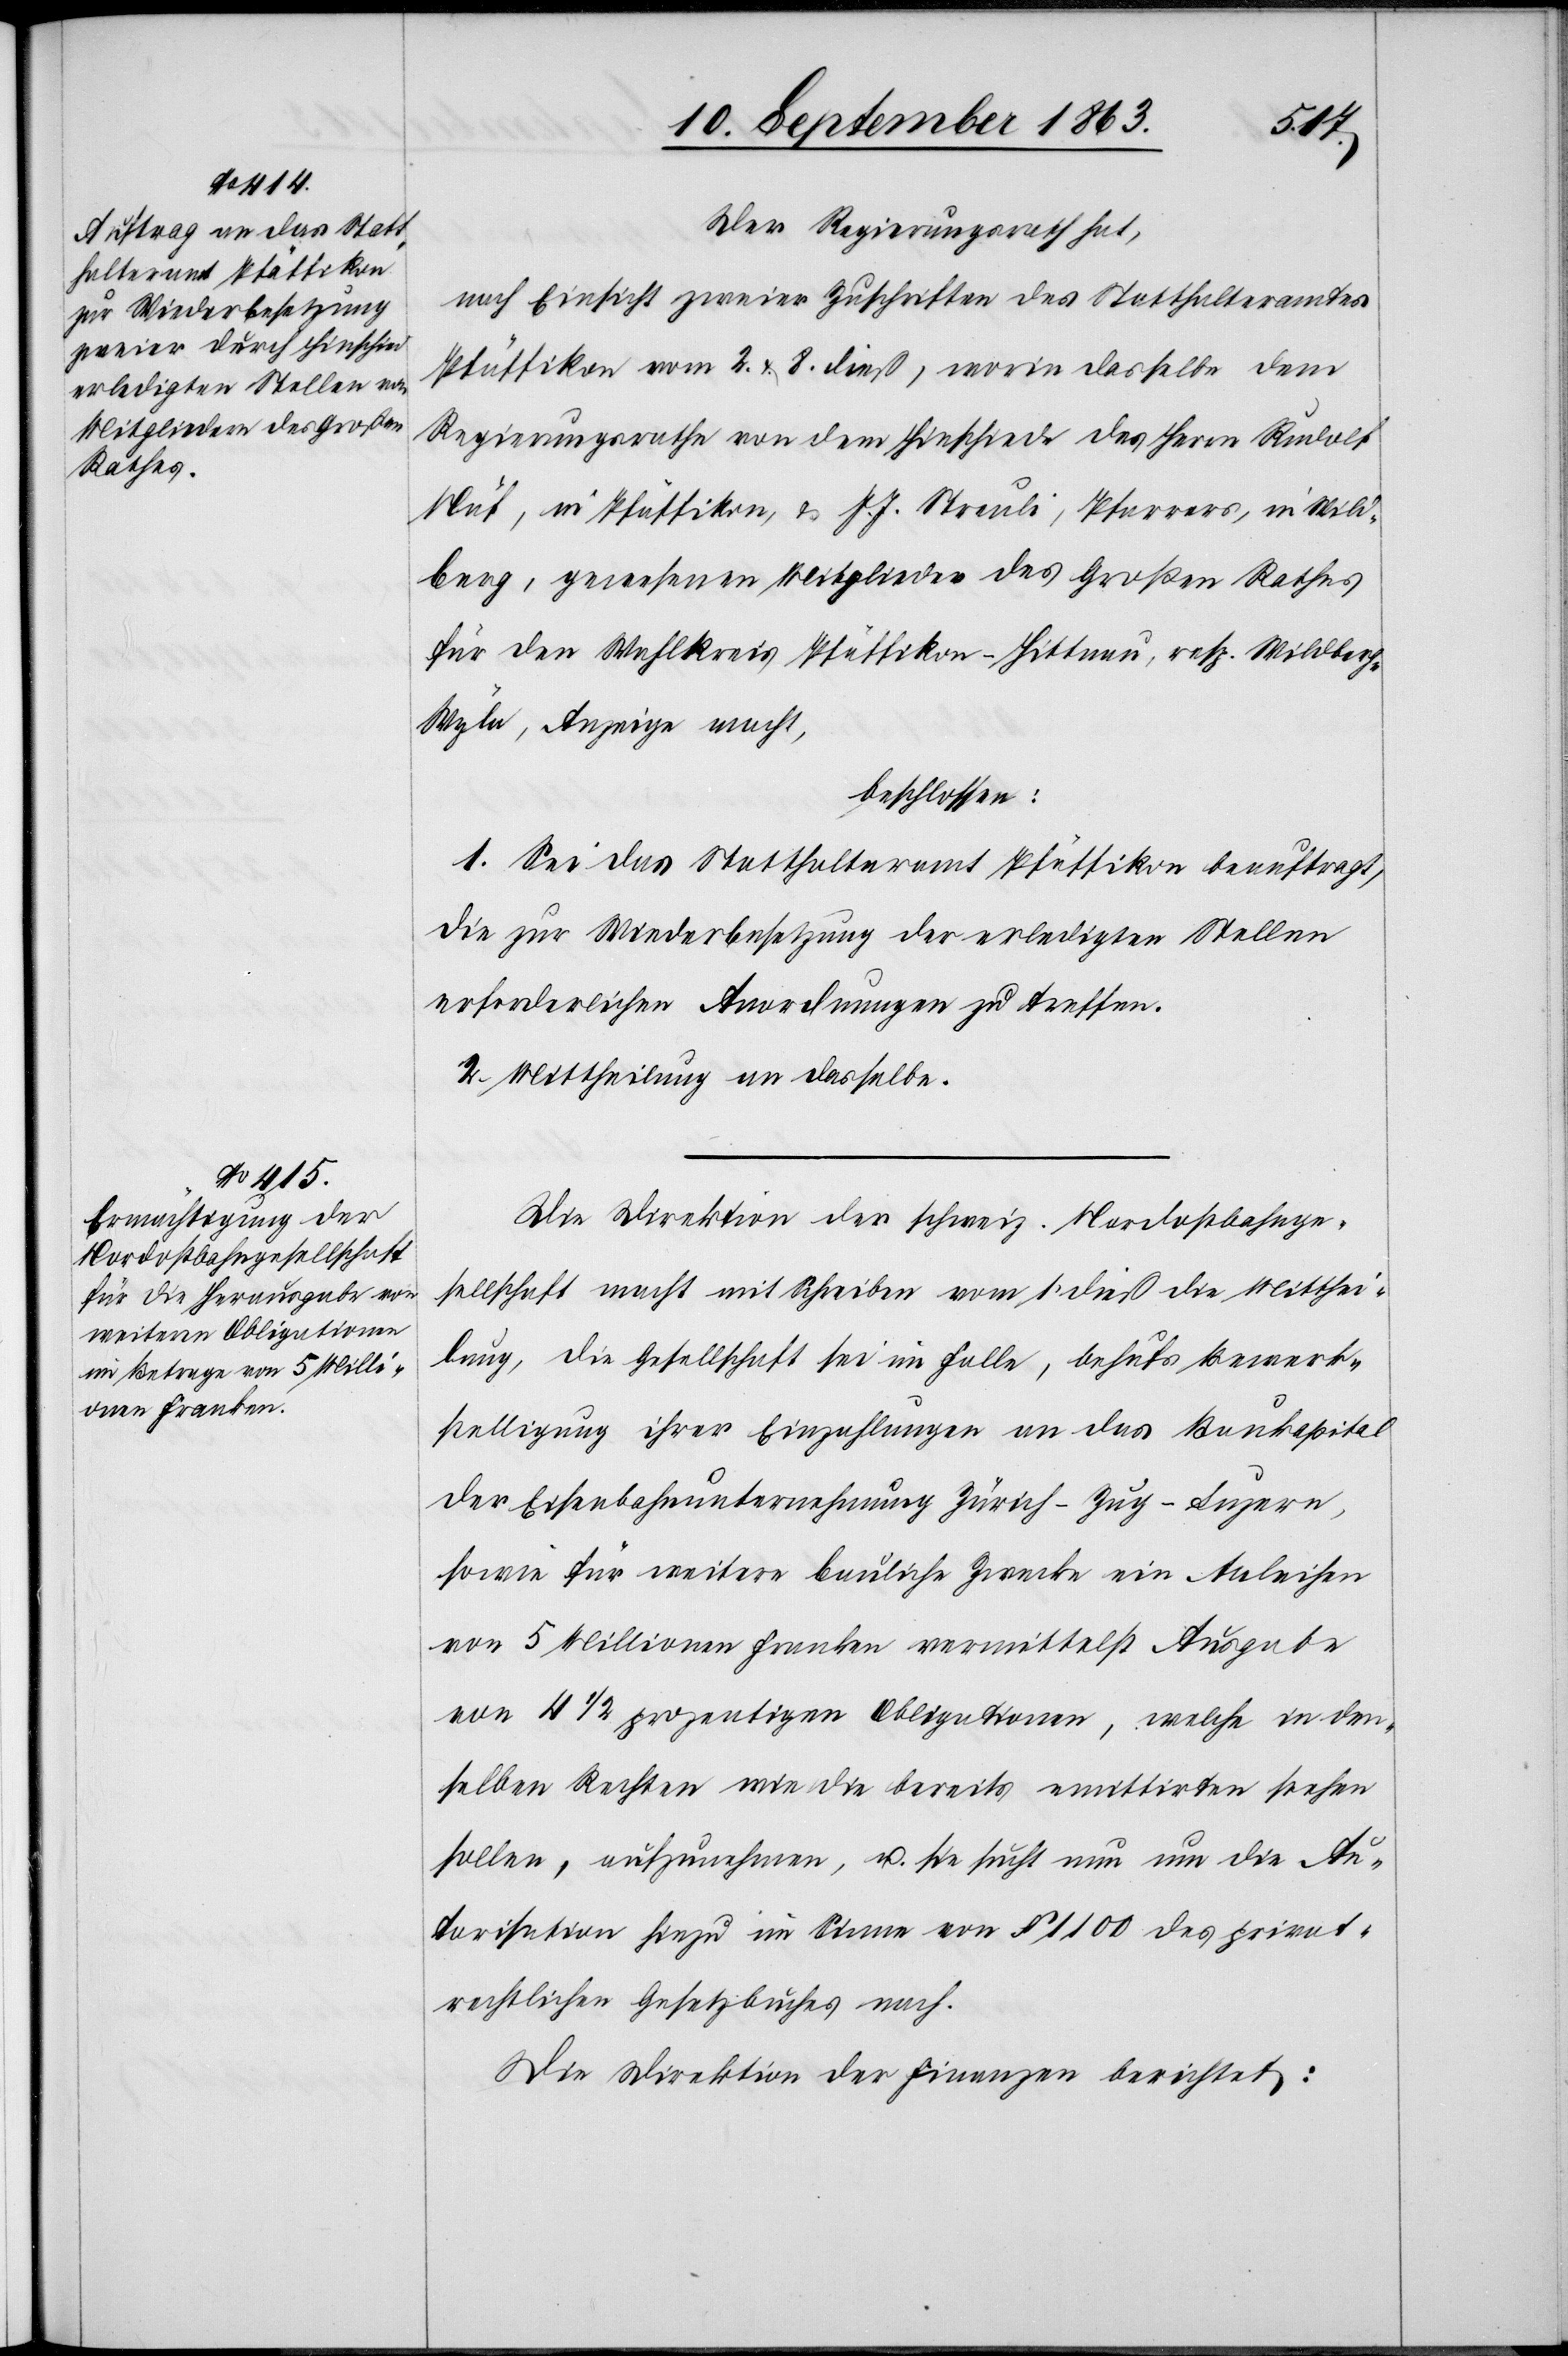
Der Regierungsrath hat,
nach Einsicht zweier Zuschriften des Statthalteramtes
Pfäffikon vom 2. & 8. dieß, worin dasselbe dem
Regierungsrathe von dem Hinschiede des Herrn Rudolf
Näf, in Pfäffikon, & J. J. Streuli, Pfarrers, in Wild¬
berg, gewesenen Mitglieder des Großen Rathes
für den Wahlkreis Pfäffikon-Hittnau, resp. Wildber¬
g-Wyla, Anzeige macht,
beschlossen:
1. Sei das Statthalteramt Pfäffikon beauftragt,
die zur Wiederbesetzung der erledigten Stellen
erforderlichen Anordnungen zu treffen.
2. Mittheilung an dasselbe.
Die Direktion der schweiz. Nordostbahnge¬
sellschaft macht mit Schreiben vom 1. dieß die Mitthei¬
lung, die Gesellschaft sei im Falle, behufs Bewerk¬
stelligung ihrer Einzahlungen an das Baukapital
der Eisenbahnunternehmung Zürich–Zug–Luzern,
sowie für weitere bauliche Zwecke ein Anleihen
von 5 Millionen Franken vermittelst Ausgabe
von 4 1/2 prozentigen Obligationen, welche in den¬
selben Rechten wie die bereits emittirten stehen
sollen, aufzunehmen, u. sie sucht nun um die Au¬
torisation hiezu im Sinne von § 1100 des privat¬
rechtlichen Gesetzbuches nach.
Die Direktion der Finanzen berichtet: